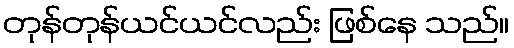
တုန်တုန်ယင်ယင်လည်း ဖြစ်နေ သည်။